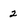
Character: 2